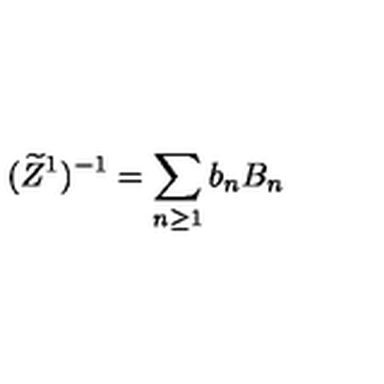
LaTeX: ( \widetilde Z ^ { 1 } ) ^ { - 1 } = \sum _ { n \ge 1 } b _ { n } B _ { n }